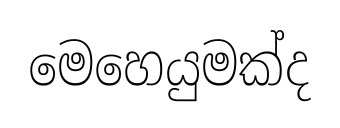
මෙහෙයුමක්ද